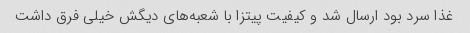
غذا سرد بود ارسال شد و کیفیت پیتزا با شعبه‌های دیگش خیلی فرق داشت